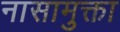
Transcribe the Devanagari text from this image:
नासामुक्ता